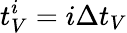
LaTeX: t_{V}^{i}=i\Delta t_{V}